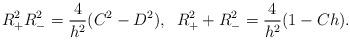
LaTeX: \begin{align*}R^2_+R^2_-=\frac{4}{h^2}(C^2-D^2),\;\; R^2_++R^2_-=\frac{4}{h^2}(1-Ch).\end{align*}